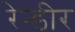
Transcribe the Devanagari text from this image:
रेन्डीर